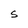
Character: s